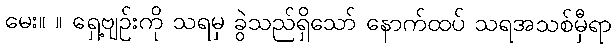
မေး။ ။ ရှေ့ဗျဉ်းကို သရမှ ခွဲသည်ရှိသော် နောက်ထပ် သရအသစ်မှီရာ